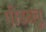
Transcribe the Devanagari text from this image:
पीडब्लू